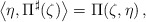
\begin{align*} \bigl\langle\eta,\Pi^\sharp(\zeta)\bigr\rangle=\Pi(\zeta,\eta)\,, \end{align*}